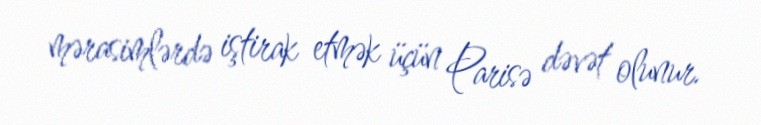
mərasimlərdə iştirak etmək üçün Parisə dəvət olunur.